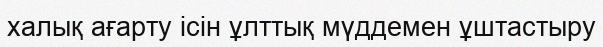
халық ағарту ісін ұлттық мүддемен ұштастыру